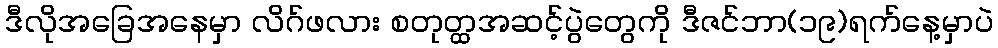
ဒီလိုအခြေအနေမှာ လိဂ်ဖလား စတုတ္ထအဆင့်ပွဲတွေကို ဒီဇင်ဘာ(၁၉)ရက်နေ့မှာပဲ